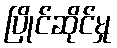
ပြိုင်ဆိုင်မှု